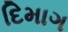
દિમાગ